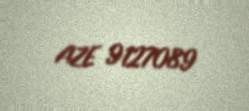
AZE 9127089